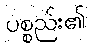
ပစ္စည်း၏